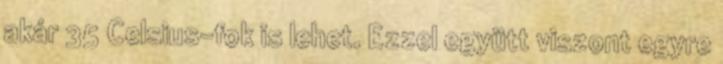
akár 35 Celsius-fok is lehet. Ezzel együtt viszont egyre